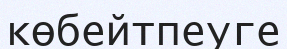
көбейтпеуге